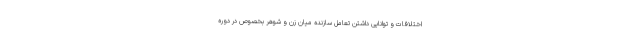
اختلافات و توانایی داشتن تعامل سازنده میان زن و شوهر بخصوص در دوره